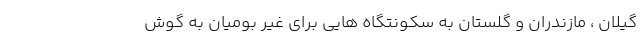
گیلان ، مازندران و گلستان به سکونتگاه هایی برای غیر بومیان به گوش